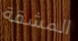
المشقة